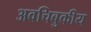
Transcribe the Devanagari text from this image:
अवचिबुकीय